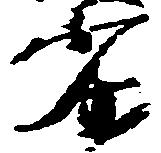
劣